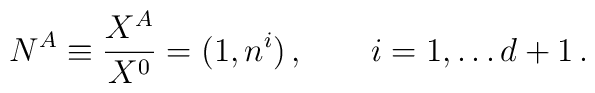
N^A \equiv {X^A\over X^0} = (1, n^i)\,,\qquad i = 1, \dots d+1\,.